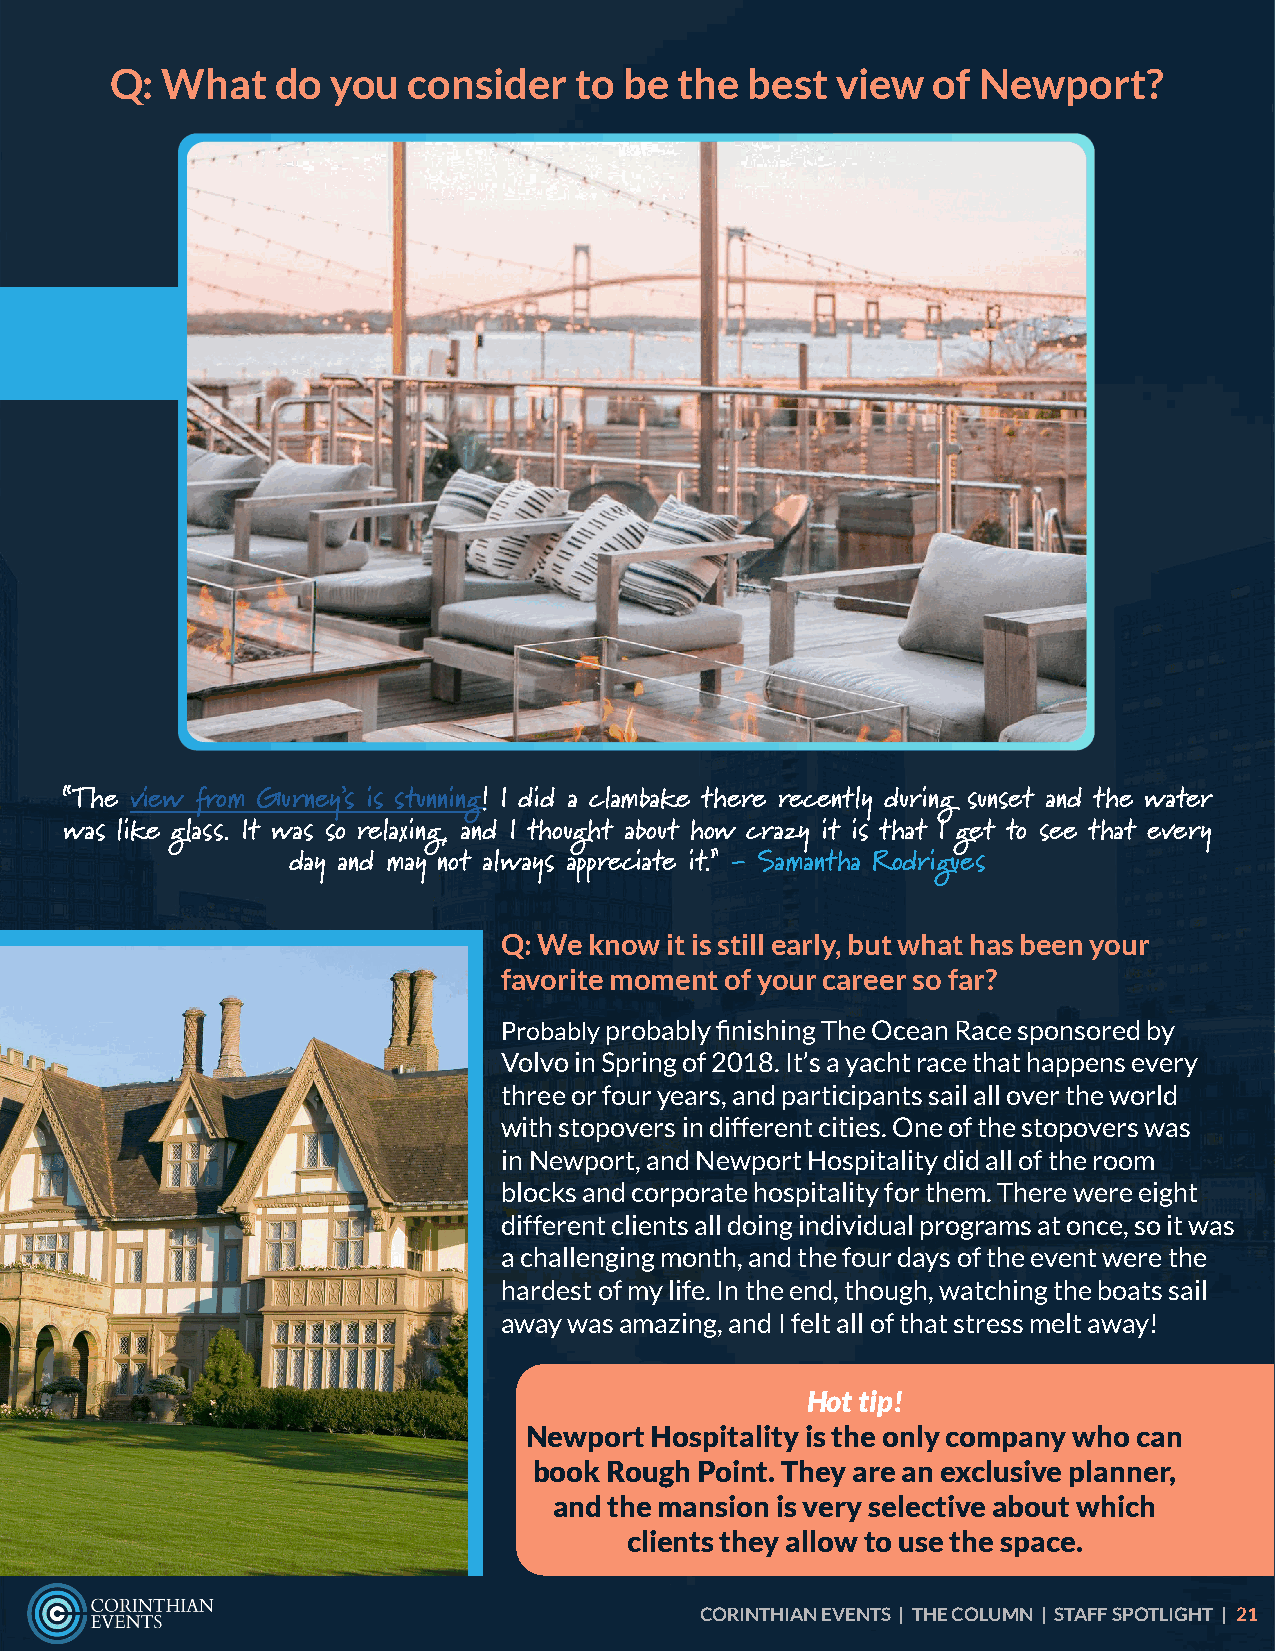
Q:  What   do  you  consider   to be  the  best view   of Newport?
 “The view from Gurney’s is stunning! I did a clambake there recently during sunset and the water
 was like glass. It was so relaxing, and I thought about how crazy it is that I get to see that every
 day and may not always appreciate it.” - Samantha Rodrigues
 Q: We know it is still early, but what has been your
 favorite moment of your career so far?
 Probably probably finishing The Ocean Race sponsored by
 Volvo in Spring of 2018. It’s a yacht race that happens every
 three or four years, and participants sail all over the world
 with stopovers in different cities. One of the stopovers was
 in Newport, and Newport Hospitality did all of the room
 blocks and corporate hospitality for them. There were eight
 different clients all doing individual programs at once, so it was
 a challenging month, and the four days of the event were the
 hardest of my life. In the end, though, watching the boats sail
 away was amazing, and I felt all of that stress melt away!
 Hot tip!
 Newport Hospitality is the only company who can
 book Rough Point. They are an exclusive planner,
 and the mansion is very selective about which
 clients they allow to use the space.
 CORINTHIAN EVENTS | THE COLUMN | STAFF SPOTLIGHT | 21